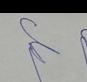
Signature authenticity: genuine